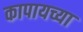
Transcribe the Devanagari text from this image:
कापायच्या